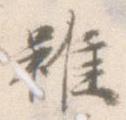
雖